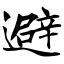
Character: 避